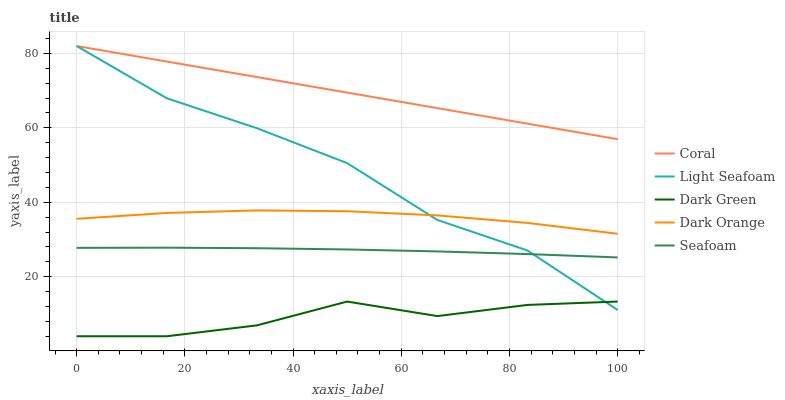
| xaxis_label | Coral | Light Seafoam | Dark Green | Dark Orange | Seafoam |
 | --- | --- | --- | --- | --- | --- |
 | 0 | 82 | 82 | 4 | 35.6 | 27.8 |
 | 16.7 | 77.8 | 68 | 4 | 37.1 | 27.8 |
 | 33.3 | 73.7 | 59.9 | 6.93 | 37.8 | 27.7 |
 | 50 | 69.5 | 50.5 | 13.3 | 37.6 | 27.3 |
 | 66.7 | 65.3 | 35.3 | 9.42 | 36.5 | 26.8 |
 | 83.3 | 61.1 | 27 | 12.4 | 34.5 | 26.1 |
 | 100 | 57 | 11.1 | 13.3 | 31.5 | 25.2 |